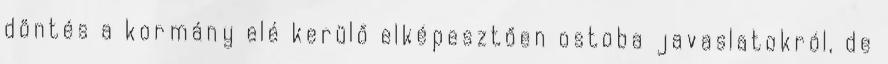
döntés a kormány elé kerülő elképesztően ostoba javaslatokról, de